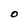
Character: O